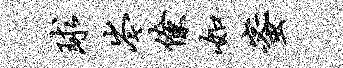
球岑僚如蜜